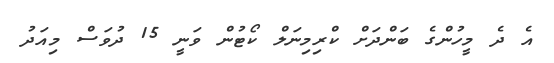
އެ ދެ މީހުންގެ ބަންދަށް ކްރިމިނަލް ކޯޓުން ވަނީ 15 ދުވަސް މިއަދު